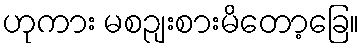
ဟုကား မစဉျးစားမိတော့ခြေ။